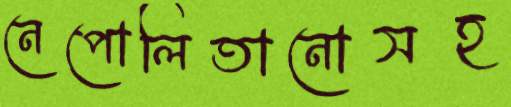
নেপোলিতানোসহ